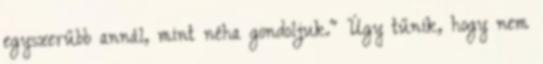
egyszerűbb annál, mint néha gondoljuk." Úgy tűnik, hogy nem